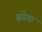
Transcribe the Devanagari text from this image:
ह्रडेक